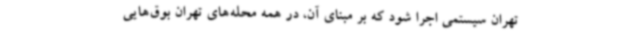
تهران سیستمی اجرا شود که بر مبنای آن، در همه محله‌های تهران بوق‌هایی